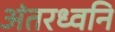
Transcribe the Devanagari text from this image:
अंतरध्वनि